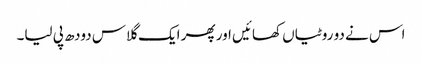
اس نے دو روٹیاں کھائیں اور پھر ایک گلاس دودھ پی لیا۔